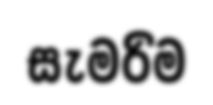
සැමරිම